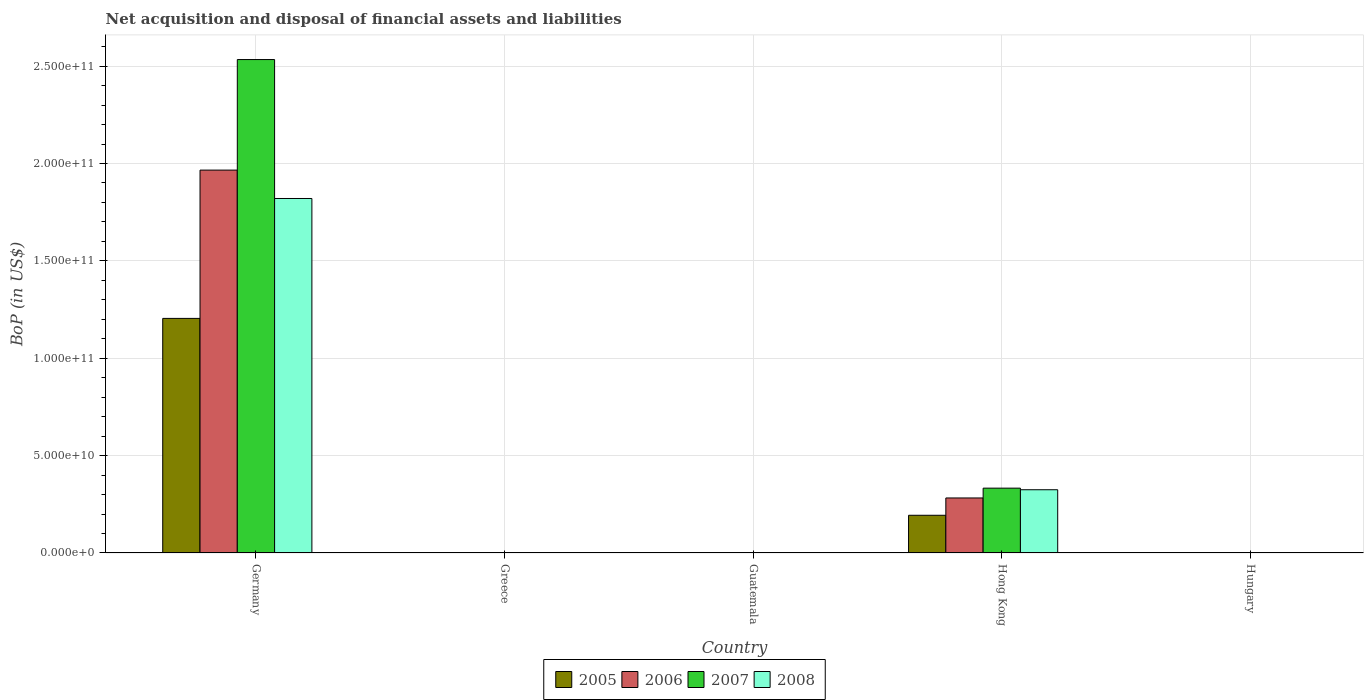
| Country | 2005 | 2006 | 2007 | 2008 |
 | --- | --- | --- | --- | --- |
 | Germany | 1.2e+11 | 1.97e+11 | 2.53e+11 | 1.82e+11 |
 | Greece | -1.57e+10 | -2.54e+10 | -3.76e+10 | -4.42e+10 |
 | Guatemala | -4.42e+08 | -9.01e+08 | -1.38e+09 | -1.13e+09 |
 | Hong Kong | 1.94e+10 | 2.83e+10 | 3.33e+10 | 3.25e+10 |
 | Hungary | -1.01e+10 | -9.98e+09 | -8.81e+09 | -1.28e+10 |